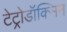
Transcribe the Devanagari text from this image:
टेट्रोडॉक्सिन